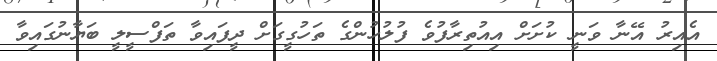
އެއިރު އޭނާ ވަނީ ކުށަށް އިއުތިރާފުވެ ފުލުހުންގެ ތަހުގީގަށް ދީފައިވާ ތަފްސީލީ ބަޔާނުގައިވާ